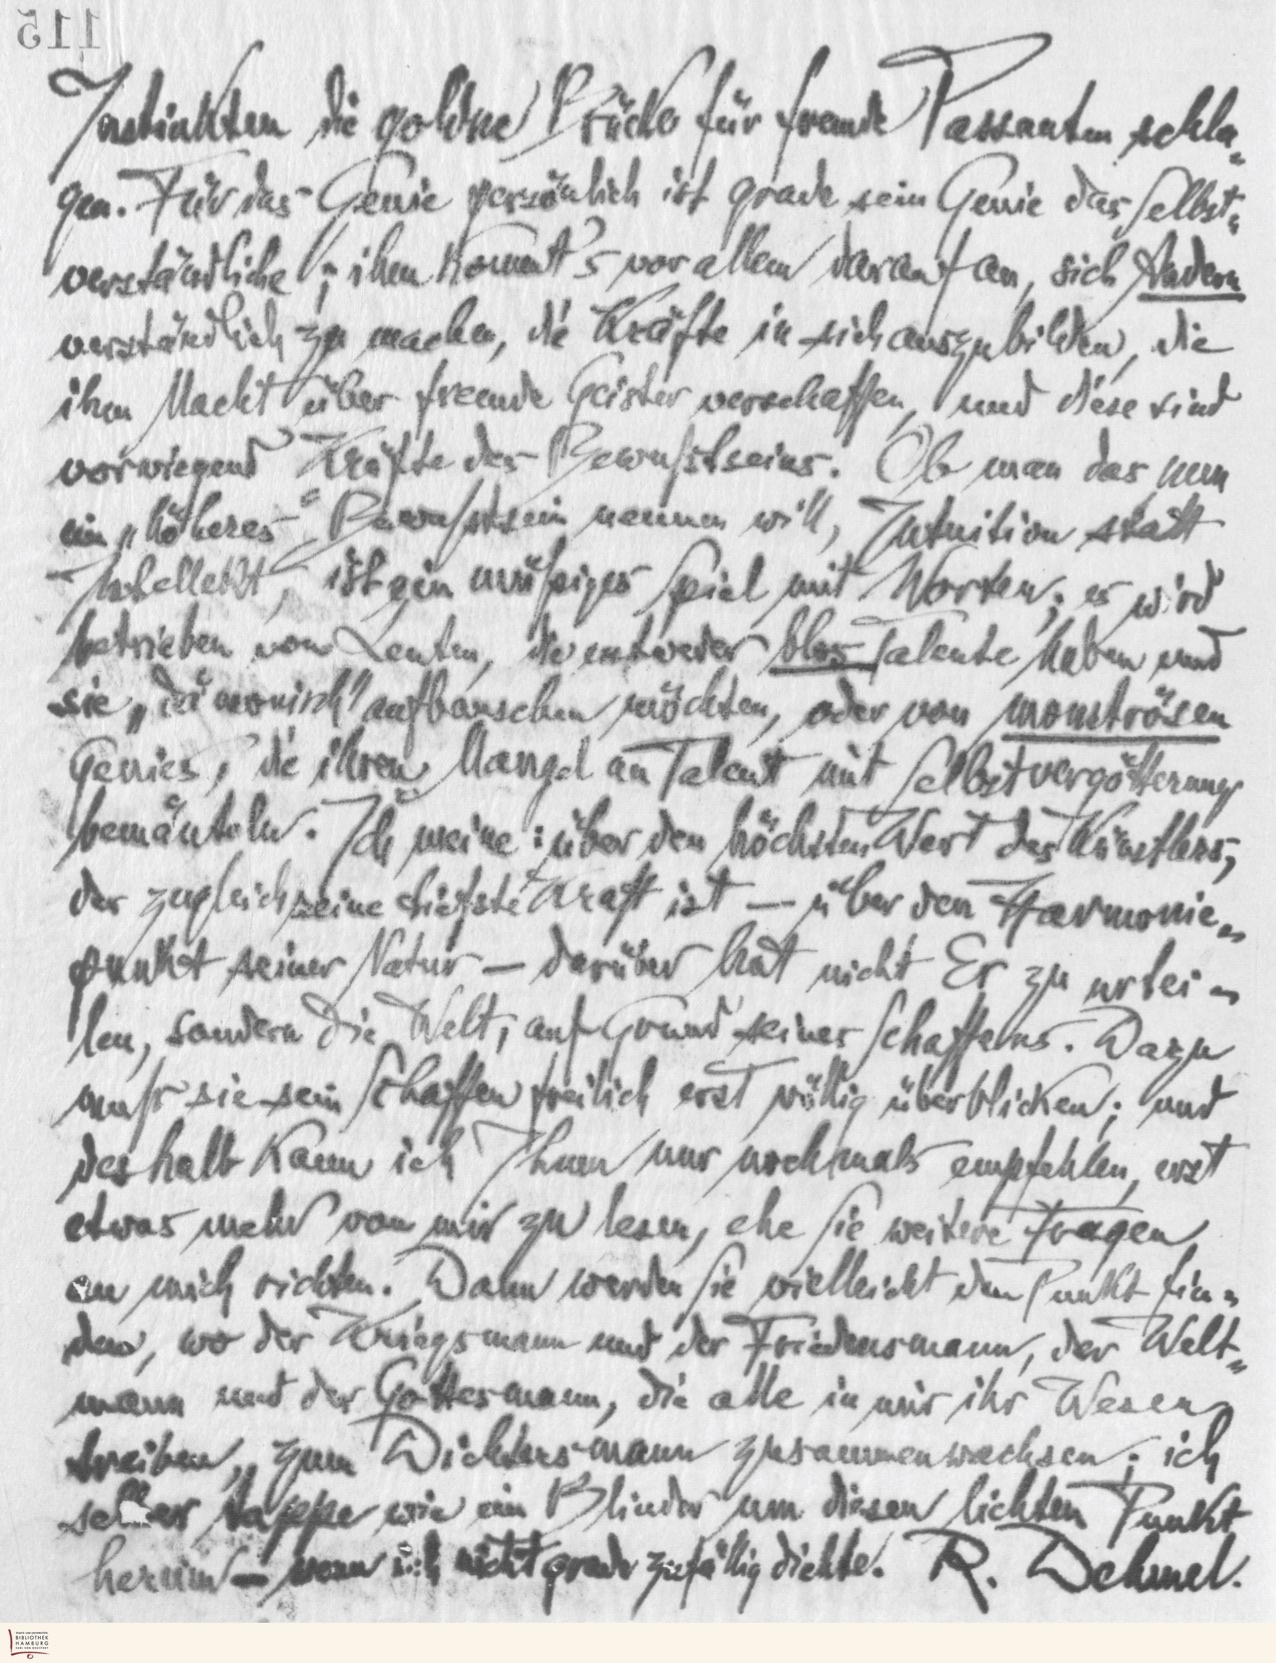
115
Instinkten die goldne Brücke für fremde Passanten schla-
gen. Für das Genie persönlich ist gerade sein Genie das selbst-
verständliche; ihm kommt's vor allem darauf an, sich Andern
verständlich zu machen, die Kräfte in sich auszubilden, die
ihm Macht über fremde Geister verschaffen, und diese sind
vorwiegend Kräfte des Bewußtseins. Ob man das nun
ein "höheres" Bewußtsein nennen will, Intuition statt
Intellekt, ist ein müßiges Spiel mit Worten; es wird
betrieben von Leuten, die entweder blos Talente haben und
sie "dämonisch" aufbauschen möchten, oder von monströsen
Genies, die ihren Mangel an Talent mit Selbstvergötterung
bemänteln. Ich meine: über den höchsten Wert des Künstlers,
der zugleich seine tiefste Kraft ist - über den Harmonie-
punkt seiner Natur - darüber hat nicht Er zu urtei-
len, sondern die Welt, auf Grund seines Schaffens. Dazu
muß sie sein Schaffen freilich erst völlig überblicken; und
deshalb kann ich Ihnen nur nochmals empfehlen, erst
etwas mehr von mir zu lesen, ehe Sie weitere Fragen
an mich richten. Dann werden Sie vielleicht den Punkt fin-
den, wo der Kriegsmann und der Friedensmann, der Welt-
mann und der Gottesmann, die alle in mir ihr Wesen
treiben, zum Dichtersmann zusammenwachsen; ich
selber tappe wie ein Blinder um diesen lichten Punkt
herum - wenn ich nicht ganz zufällig dichte. R. Dehmel.